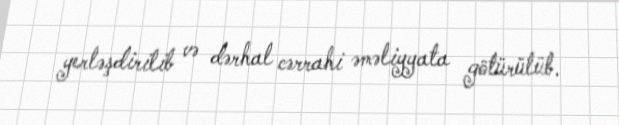
yerləşdirilib və dərhal cərrahi əməliyyata götürülüb.